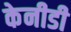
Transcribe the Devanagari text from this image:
केनीडी